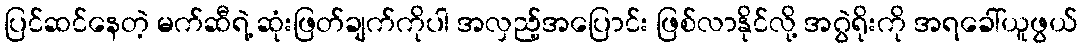
ပြင်ဆင်နေတဲ့ မက်ဆီရဲ့ ဆုံးဖြတ်ချက်ကိုပါ အလှည့်အပြောင်း ဖြစ်လာနိုင်လို့ အဂွဲရိုးကို အရခေါ်ယူဖွယ်